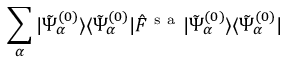
\sum _ { \alpha } | \tilde { \Psi } _ { \alpha } ^ { ( 0 ) } \rangle \langle \tilde { \Psi } _ { \alpha } ^ { ( 0 ) } | \hat { F } ^ { \mathrm { ~ s ~ a ~ } } | \tilde { \Psi } _ { \alpha } ^ { ( 0 ) } \rangle \langle \tilde { \Psi } _ { \alpha } ^ { ( 0 ) } |